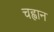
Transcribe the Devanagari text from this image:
चह्वान